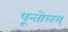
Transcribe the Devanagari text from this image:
पून्तोलम्